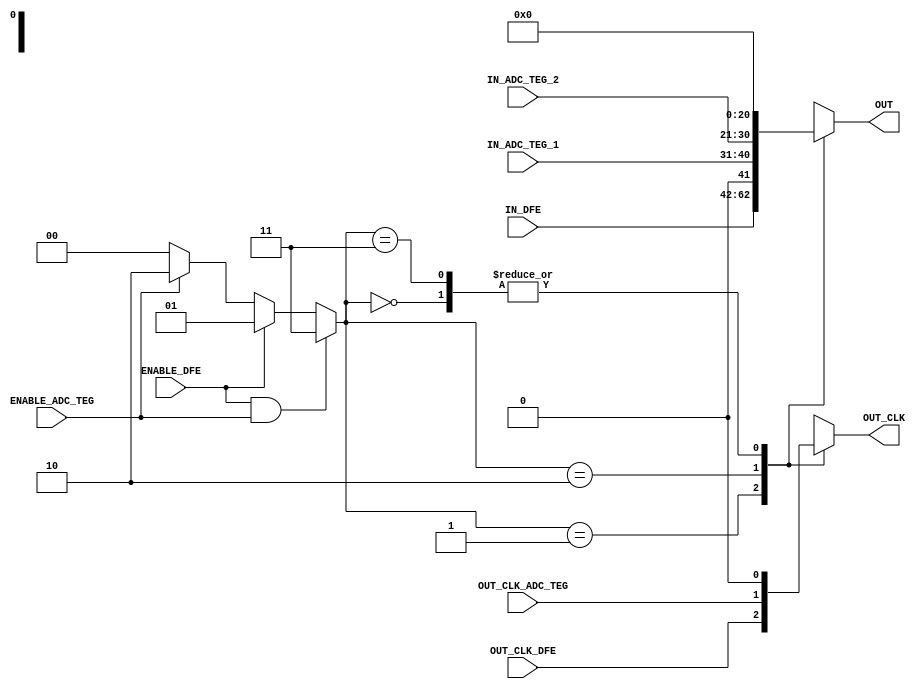
module SELECTOR_DIGITAL (IN_DFE, IN_ADC_TEG_1, IN_ADC_TEG_2, OUT_CLK_DFE, OUT_CLK_ADC_TEG, ENABLE_DFE, ENABLE_ADC_TEG, OUT, OUT_CLK);

	parameter BW = 10;

	input ENABLE_DFE, ENABLE_ADC_TEG;
       input signed [BW-1:0] IN_ADC_TEG_1, IN_ADC_TEG_2;
	input signed [BW+10:0] IN_DFE;
	output signed [BW+10:0] OUT;
	reg signed [BW+10:0] OUT;

	input OUT_CLK_DFE, OUT_CLK_ADC_TEG;
	output OUT_CLK;
	reg OUT_CLK;
	
	reg [1:0] SELECT;
	always @ (ENABLE_DFE or ENABLE_ADC_TEG) begin
	if (ENABLE_DFE == 1 && ENABLE_ADC_TEG == 1) begin
	SELECT = 2'b11;
	end
	else if (ENABLE_DFE == 1) begin
	SELECT = 2'b01;
	end
	else if (ENABLE_ADC_TEG == 1) begin
	SELECT = 2'b10;
	end
	else begin
	SELECT = 0;
	end
	end

	wire signed [BW+10:0] IN_ADC_TEG;
	assign IN_ADC_TEG = $signed({1'b0, IN_ADC_TEG_1, IN_ADC_TEG_2});

	always @ (SELECT or IN_ADC_TEG or IN_DFE) begin
	case(SELECT)
	      2'b00 : OUT <= 0;
	      2'b01 : OUT <= IN_DFE;
	      2'b10 : OUT <= IN_ADC_TEG;
	      2'b11 : OUT <= 0;
	endcase
	end

       always @ (SELECT or OUT_CLK_DFE or OUT_CLK_ADC_TEG) begin
	case(SELECT)
	      2'b00 : OUT_CLK <= 0;
	      2'b01 : OUT_CLK <= OUT_CLK_DFE;
	      2'b10 : OUT_CLK <= OUT_CLK_ADC_TEG;
	      2'b11 : OUT_CLK <= 0;
	endcase
	end

endmodule